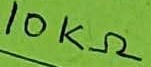
Text: 10KΩ